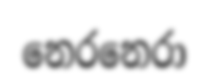
නෙරනෙරා